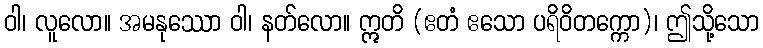
ဝါ၊ လူလော။ အမနုဿော ဝါ၊ နတ်လော။ ဣတိ (ဧတံ ဧသော ပရိဝိတက္ကော)၊ ဤသို့သော